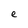
Character: e